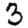
Digit: 3